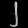
Digit: ၂